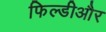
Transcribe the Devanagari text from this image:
फिल्डीऔर